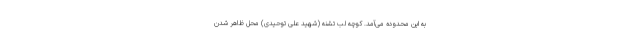
به این محدوده می‌آمد. کوچه لب تشنه (شهید علی توحیدی) محل ظاهر شدن